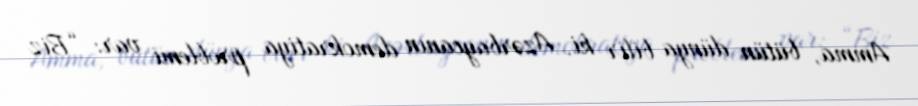
Amma, bütün dünya bilir ki, Azərbaycanın demokratiya problemi var: “Biz